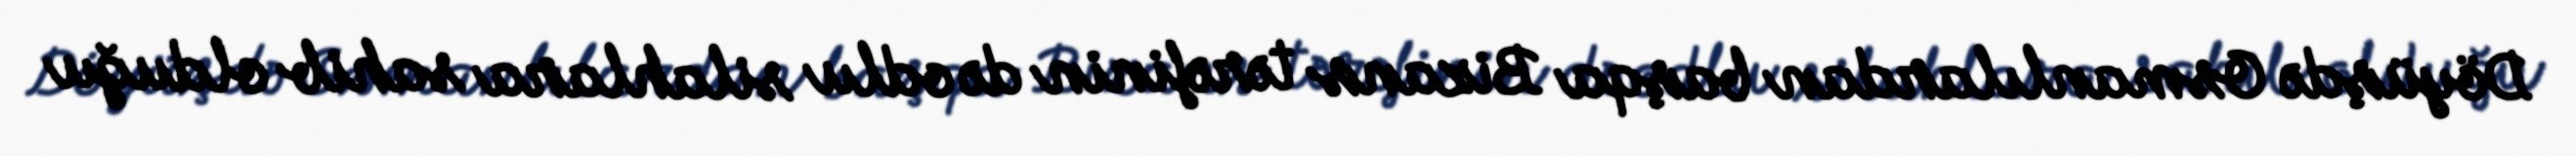
Döyüşdə Osmanlılardan başqa Bizans tərəfinin də odlu silahlara sahib olduğu